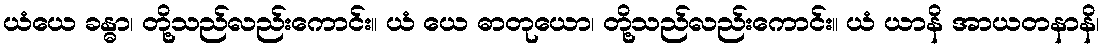
ယံယေ ခန္ဓာ၊ တို့သည်လည်းကောင်း။ ယံ ယေ ဓာတုယော၊ တို့သည်လည်းကောင်း။ ယံ ယာနိ အာယတနာနိ၊